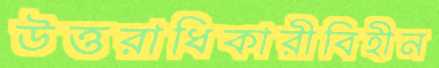
উত্তরাধিকারীবিহীন